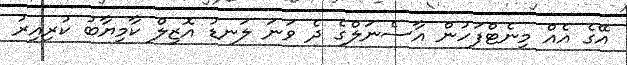
އޭގެ އެއް މިނެޓްފަހުން އާސެނަލްގެ ދެ ވަނަ ލަނޑު އޮޒިލް ކާމިޔާބު ކުރިއިރު